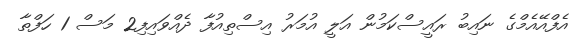
އެފްއޭއެމްގެ ނައިބު ރައީސްކަމުން އަލީ އުމަރު އިސްތިއުފާ ދެއްވައިފި2 މަސް 1 ހަފްތާ